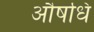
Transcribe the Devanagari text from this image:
औषधि